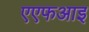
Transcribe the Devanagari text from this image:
एएफआइ